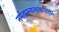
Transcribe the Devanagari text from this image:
नर्मदास्नानाकरिता